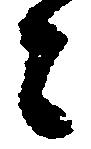
者